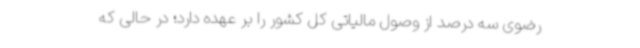
رضوی سه درصد از وصول مالیاتی کل کشور را بر عهده دارد؛ در حالی ‌که